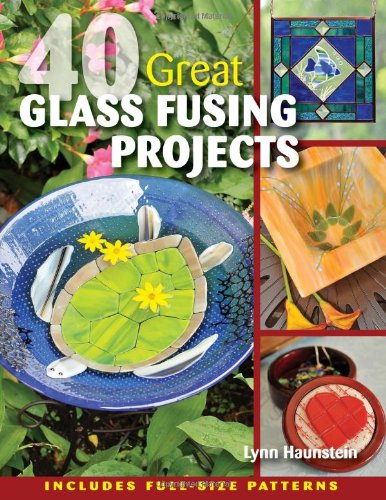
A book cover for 40 Great Glass Fusing Projects; Lynn Haunstein; Crafts, Hobbies & Home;